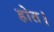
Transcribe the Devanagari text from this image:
होत।